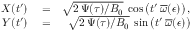
\begin{array} { r l r } { X ( t ^ { \prime } ) } & { { } = } & { \sqrt { 2 \, \Psi ( \tau ) / B _ { 0 } } \; \cos \left( t ^ { \prime } \frac { } { } \overline { { \omega } } ( \epsilon ) \right) , } \\ { Y ( t ^ { \prime } ) } & { { } = } & { \sqrt { 2 \, \Psi ( \tau ) / B _ { 0 } } \; \sin \left( t ^ { \prime } \frac { } { } \overline { { \omega } } ( \epsilon ) \right) } \end{array}